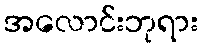
အလောင်းဘုရား